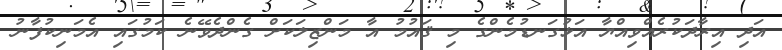
އަދި އިރާދަކުރެއްވިއްޔާ އަޅުގަނޑުމެންގެ މި ޤައުމު އާ މަންޒިލަކަށް ގެންދެވޭނެ ކަމުގައި އެމަނިކުފާނު